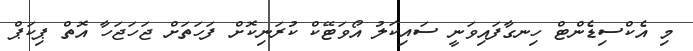
މި އެކްސިޑެންޓް ހިނގާފައިވަނީ ސައިކަލު އޯވަޓޭކް ކުރަނިކޮށް ފަހަތަށް ޖަހަޖަހާ އޮތް ޕިކަޕް